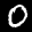
Label: 0